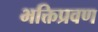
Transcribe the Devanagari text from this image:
भक्तिप्रवण